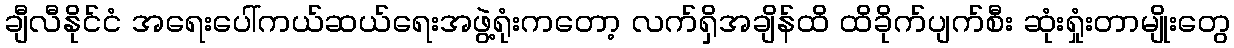
ချီလီနိုင်ငံ အရေးပေါ်ကယ်ဆယ်ရေးအဖွဲ့ရုံးကတော့ လက်ရှိအချိန်ထိ ထိခိုက်ပျက်စီး ဆုံးရှုံးတာမျိုးတွေ